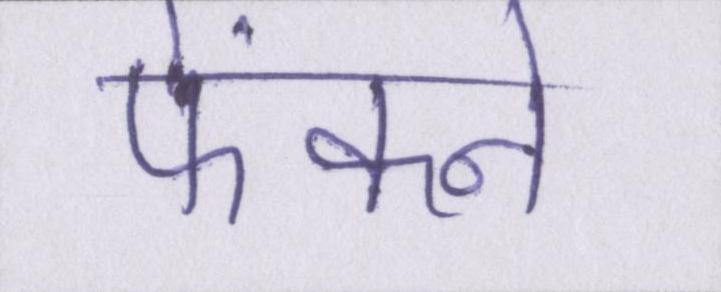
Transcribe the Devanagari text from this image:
फेंकने